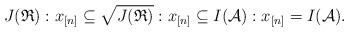
LaTeX: \begin{align*}J(\mathfrak{R}):x_{[n]}\subseteq \sqrt{J(\mathfrak{R})}:x_{[n]}\subseteq I(\mathcal{A}):x_{[n]}=I(\mathcal{A}).\end{align*}